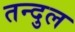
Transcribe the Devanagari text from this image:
तन्दुल